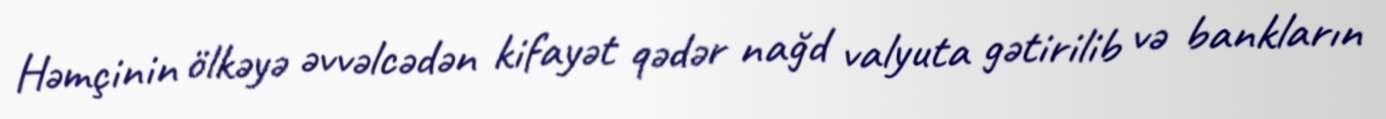
Həmçinin ölkəyə əvvəlcədən kifayət qədər nağd valyuta gətirilib və bankların